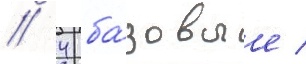
/ 4 ба́зовые /